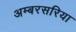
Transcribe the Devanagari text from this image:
अम्बरसरिया